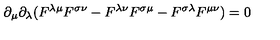
\partial _ { \mu } \partial _ { \lambda } ( F ^ { \lambda \mu } F ^ { \sigma \nu } - F ^ { \lambda \nu } F ^ { \sigma \mu } - F ^ { \sigma \lambda } F ^ { \mu \nu } ) = 0